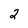
Character: 2